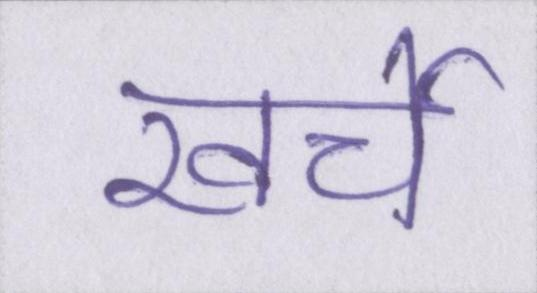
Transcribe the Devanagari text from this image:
खर्चे